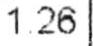
1.26